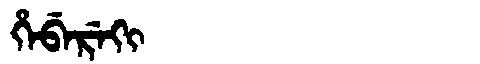
Manchu: ᡥᡝᠪᡝᡵᡝᡴᡳ
Romanization: HEBEREKI